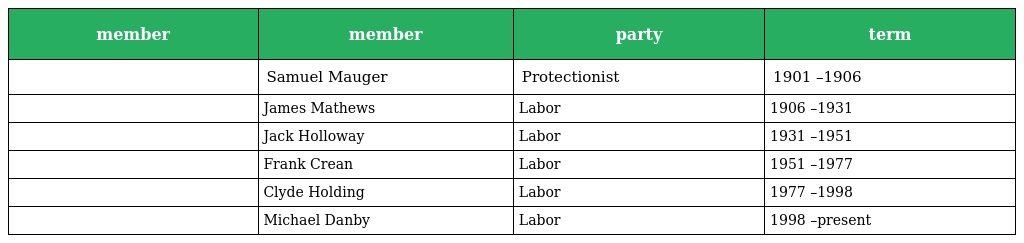
| member | member | party | term |
 | --- | --- | --- | --- |
 |  | Samuel Mauger | Protectionist | 1901 –1906 |
 |  | James Mathews | Labor | 1906 –1931 |
 |  | Jack Holloway | Labor | 1931 –1951 |
 |  | Frank Crean | Labor | 1951 –1977 |
 |  | Clyde Holding | Labor | 1977 –1998 |
 |  | Michael Danby | Labor | 1998 –present |